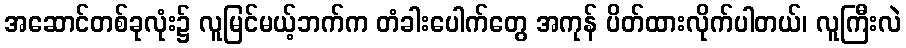
အဆောင်တစ်ခုလုံး၌ လူမြင်မယ့်ဘက်က တံခါးပေါက်တွေ အကုန် ပိတ်ထားလိုက်ပါတယ်၊ လူကြီးလဲ